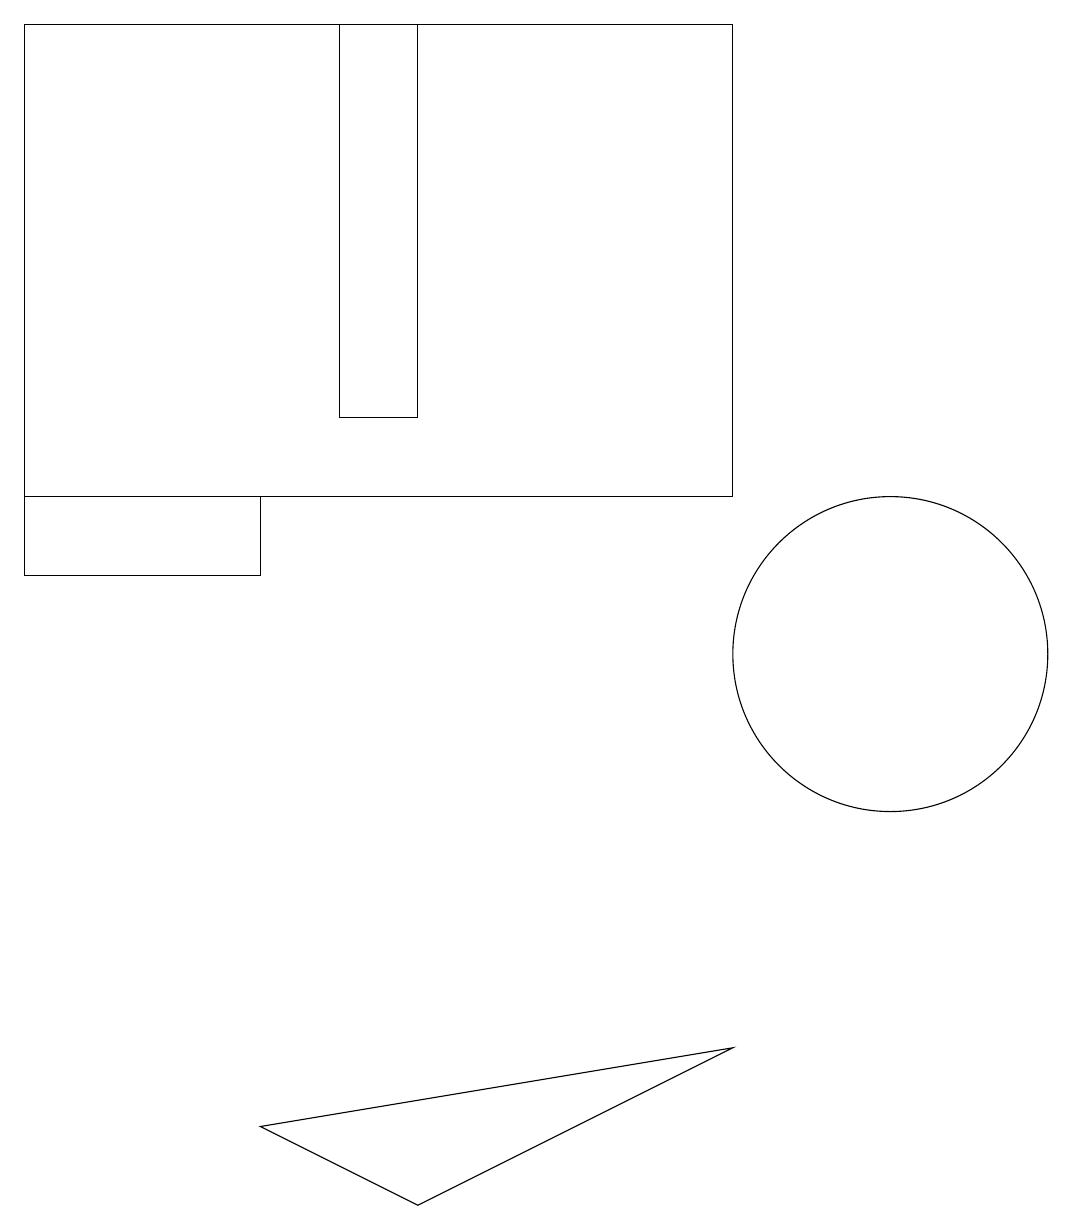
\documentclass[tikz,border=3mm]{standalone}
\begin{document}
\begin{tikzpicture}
\draw (3,5) -- (5,4) -- (9,6) -- cycle;
\draw (9,19) rectangle (0,13);
\draw (0,13) rectangle (3,12);
\draw (4,19) rectangle (5,14);
\draw (11,11) circle (2);
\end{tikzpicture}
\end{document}